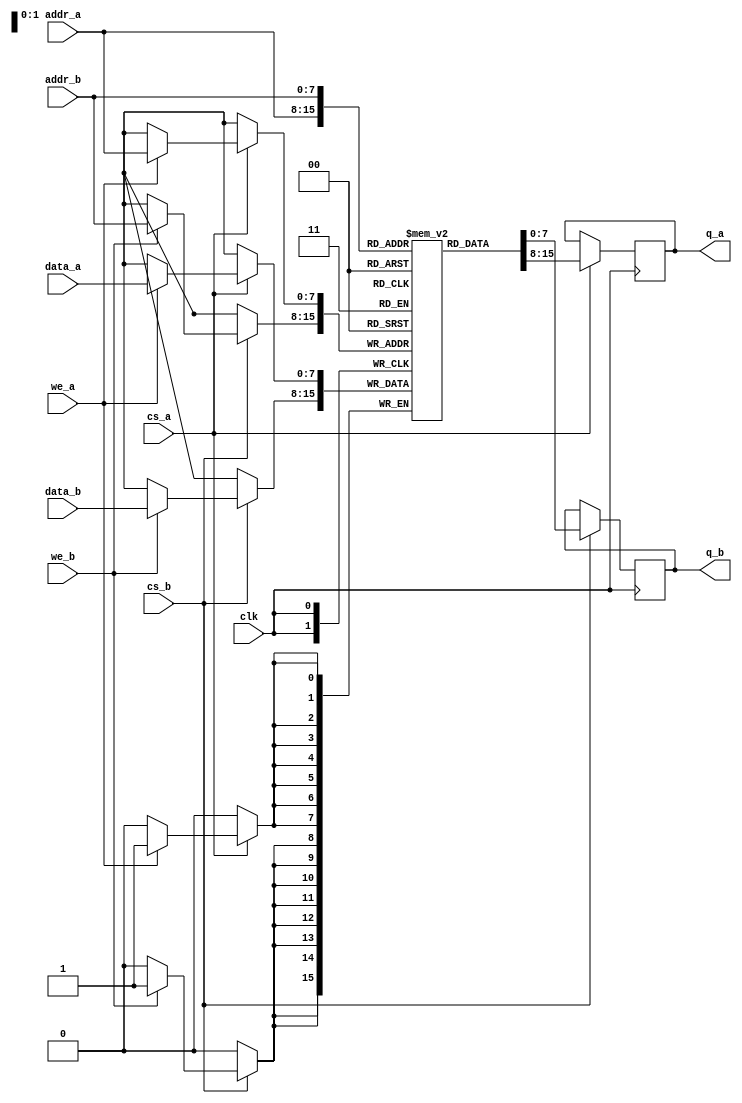
module mpsram #(
    parameter ADDR_WIDTH = 8,  // Address width
    parameter DATA_WIDTH = 8,  // Data width
    parameter DEPTH = 256       // Depth of the memory (2^ADDR_WIDTH)
)(
    input  wire clk,                    // Clock
    input  wire[ADDR_WIDTH-1:0] addr_a, // Port A address
    input  wire[ADDR_WIDTH-1:0] addr_b, // Port B address
    input  wire[DATA_WIDTH-1:0] data_a, // Port A data input
    input  wire[DATA_WIDTH-1:0] data_b, // Port B data input
    input  wire we_a,                   // Port A write enable
    input  wire we_b,                   // Port B write enable
    input  wire cs_a,                   // Port A chip select
    input  wire cs_b,                   // Port B chip select
    output reg[DATA_WIDTH-1:0] q_a,     // Port A output data
    output reg[DATA_WIDTH-1:0] q_b      // Port B output data
);

// Memory Array
reg [DATA_WIDTH-1:0] mem [0:DEPTH-1];

// Read/Write Operation
always @(posedge clk) begin
    if (cs_a) begin
        if (we_a) begin
            mem[addr_a] <= data_a; // Write operation
        end
        q_a <= mem[addr_a]; // Read operation
    end

    if (cs_b) begin
        if (we_b) begin
            mem[addr_b] <= data_b; // Write operation
        end
        q_b <= mem[addr_b]; // Read operation
    end
end

endmodule